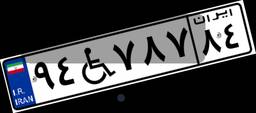
۹۴W۷۸۷۸۴